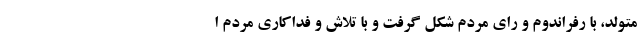
متولد، با رفراندوم و رای مردم شکل گرفت و با تلاش و فداکاری مردم ا